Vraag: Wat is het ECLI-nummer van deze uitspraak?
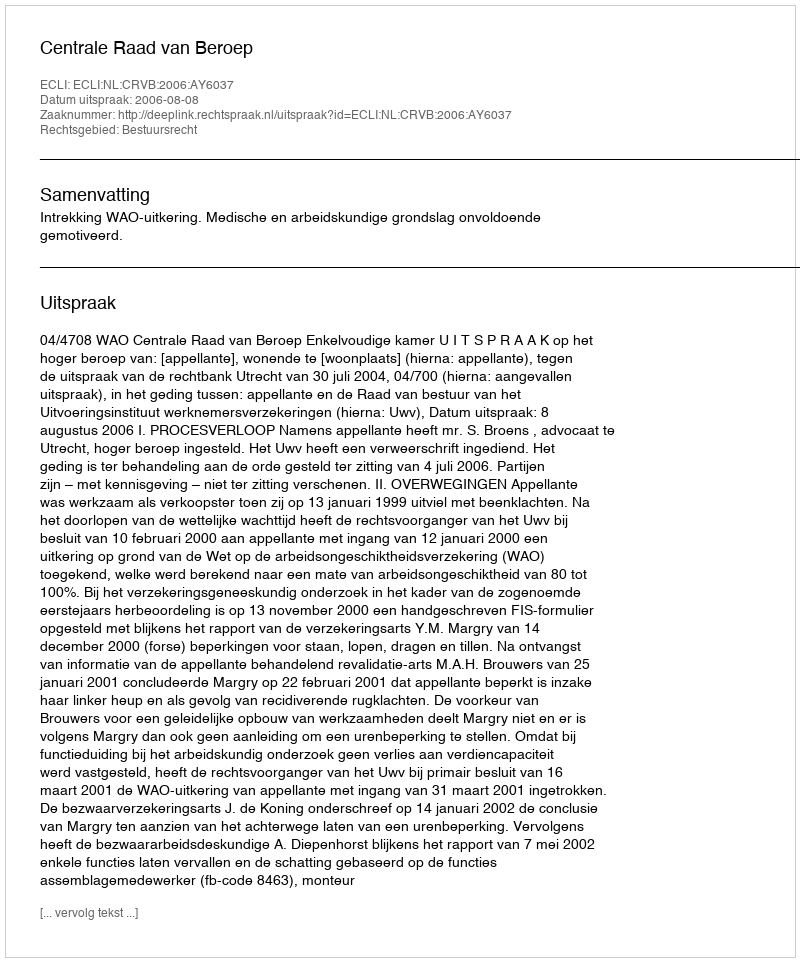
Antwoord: ECLI:NL:CRVB:2006:AY6037